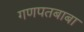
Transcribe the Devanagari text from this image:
गणपतबाबा